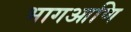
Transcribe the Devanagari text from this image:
भागआणि